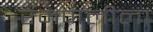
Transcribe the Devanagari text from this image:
रमणलीला